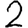
Digit: 2